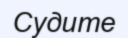
Судите